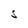
Character: S